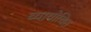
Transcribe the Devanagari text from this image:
व्यायोचित